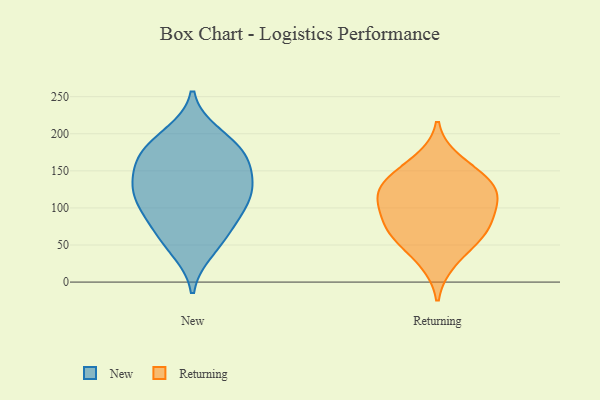
{"axis": {"x": "Revenue (USD Million)", "y": "Value"}, "legend": ["New", "Returning"], "data": [{"x": "", "y": 199, "type": "New"}, {"x": "", "y": 154, "type": "New"}, {"x": "", "y": 170, "type": "New"}, {"x": "", "y": 105, "type": "New"}, {"x": "", "y": 174, "type": "New"}, {"x": "", "y": 81, "type": "New"}, {"x": "", "y": 138, "type": "New"}, {"x": "", "y": 55, "type": "New"}, {"x": "", "y": 118, "type": "New"}, {"x": "", "y": 75, "type": "New"}, {"x": "", "y": 133, "type": "New"}, {"x": "", "y": 119, "type": "New"}, {"x": "", "y": 190, "type": "New"}, {"x": "", "y": 43, "type": "New"}, {"x": "", "y": 108, "type": "New"}, {"x": "", "y": 169, "type": "New"}, {"x": "", "y": 59, "type": "Returning"}, {"x": "", "y": 108, "type": "Returning"}, {"x": "", "y": 104, "type": "Returning"}, {"x": "", "y": 143, "type": "Returning"}, {"x": "", "y": 115, "type": "Returning"}, {"x": "", "y": 68, "type": "Returning"}, {"x": "", "y": 132, "type": "Returning"}, {"x": "", "y": 164, "type": "Returning"}, {"x": "", "y": 131, "type": "Returning"}, {"x": "", "y": 27, "type": "Returning"}, {"x": "", "y": 66, "type": "Returning"}, {"x": "", "y": 83, "type": "Returning"}]}